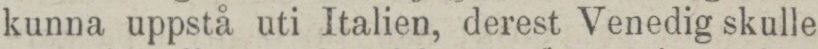
kunna uppstå uti Italien, derest Venedig skulle